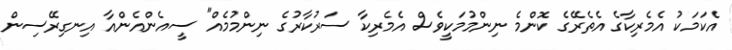
އެކަމަކު އެމެރިކާގެ އެތެރޭގެ ކޮންމެ ނިންމުމަކީވެސް އެމެރިކާ ސަރުކާރުގެ ނިންމުމެއް" ސީއެންއެންއާ އިނގިރޭސިން